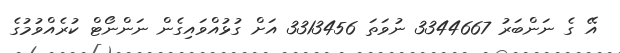
އޭ ގެ ނަންބަރު 3344667 ނުވަތަ 3313456 އަށް ގުޅުއްވައިގެން ނަންނޯޓް ކުރެއްވުމުގެ